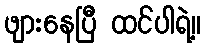
ဖျားနေပြီ ထင်ပါရဲ့။